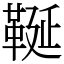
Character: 䩥